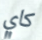
كاي